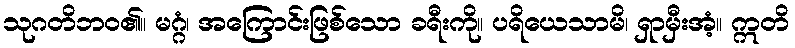
သုဂတိဘဝ၏။ မဂ္ဂံ၊ အကြောင်းဖြစ်သော ခရီးကို။ ပရိယေသာမိ၊ ရှာမှီးအံ့။ ဣတိ